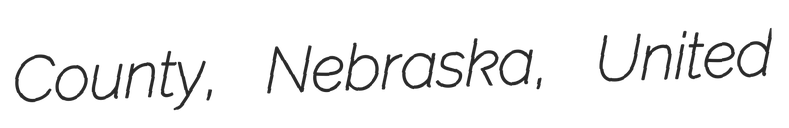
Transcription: County, Nebraska, United